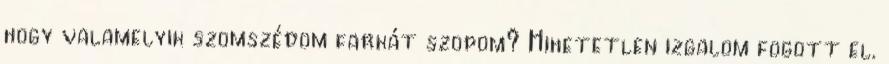
hogy valamelyik szomszédom farkát szopom? Hihetetlen izgalom fogott el.